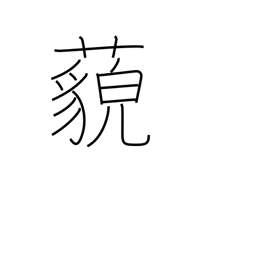
Meaning: far away